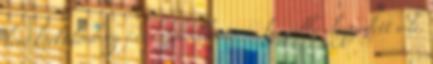
lévő korkülönbség és rangja ellenére is beszédbe elegyedett vele.